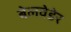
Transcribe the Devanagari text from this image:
बेलवेडेर